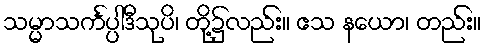
သမ္မာသင်္ကပ္ပါဒီသုပိ၊ တို့၌လည်း။ ဧသ နယော၊ တည်း။